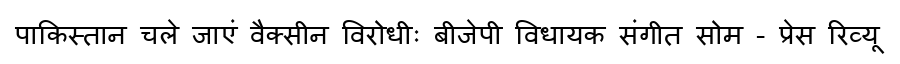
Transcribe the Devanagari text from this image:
पाकिस्तान चले जाएं वैक्सीन विरोधीः बीजेपी विधायक संगीत सोम - प्रेस रिव्यू